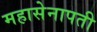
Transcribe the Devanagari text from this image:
महासेनापती